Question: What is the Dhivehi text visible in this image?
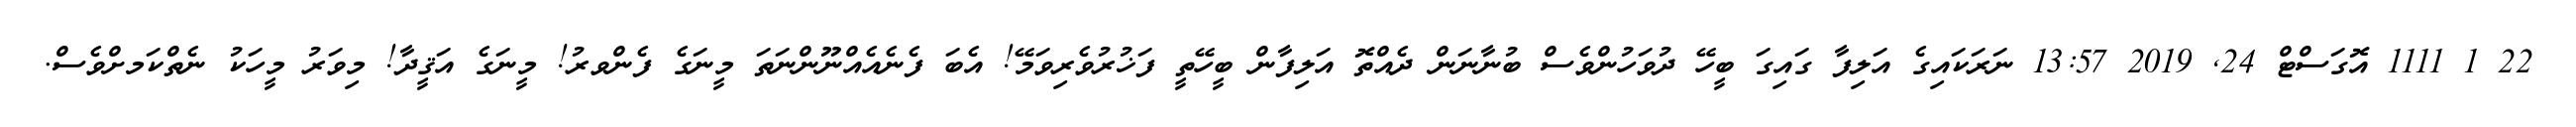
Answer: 22 1 1111 އޮގަސްޓް 24, 2019 13:57 ނަރަކައިގެ އަލިފާ ގައިގަ ބީހޭ ދުވަހުންވެސް ބުނާނަން ދެއްތޮ އަލިފާން ބީހޭތީ ފަޚުރުވެރިވަމޭ! އެބަ ފެނެއެއްނޫންނަތަ މީނަގެ ފެންވރު! މީނަގެ އަޤީދާ! މިވަރު މީހަކު ނެތްކަމށްވެސް.